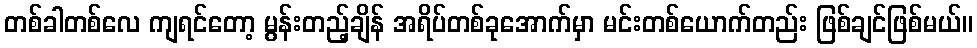
တစ်ခါတစ်လေ ကျရင်တော့ မွန်းတည့်ချိန် အရိပ်တစ်ခုအောက်မှာ မင်းတစ်ယောက်တည်း ဖြစ်ချင်ဖြစ်မယ်။